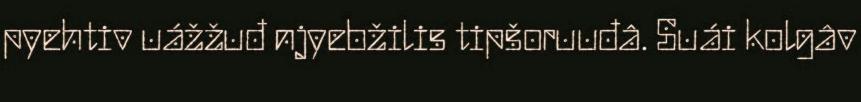
pyehtiv uážžuđ njyebžilis tipšoruuđâ. Suái kolgâv